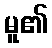
မူ၏